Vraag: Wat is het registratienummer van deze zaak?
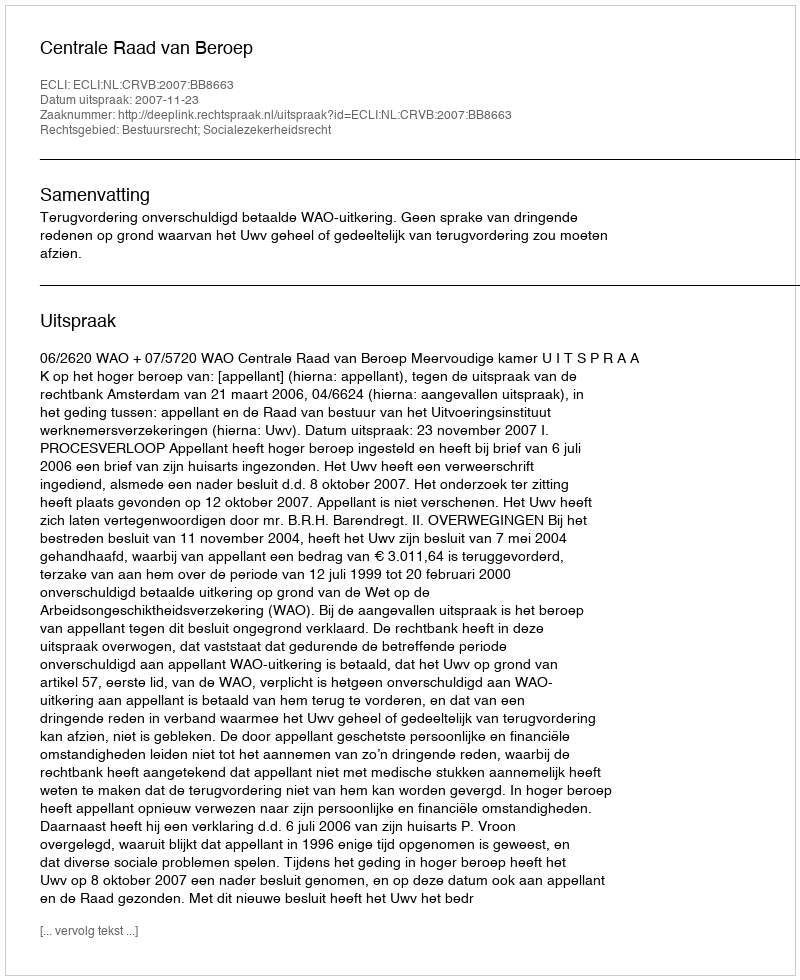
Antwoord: http://deeplink.rechtspraak.nl/uitspraak?id=ECLI:NL:CRVB:2007:BB8663